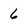
Character: 6